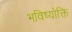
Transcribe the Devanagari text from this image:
भविष्योक्ति